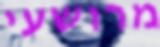
מרושעי